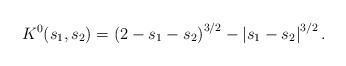
LaTeX: \begin{align*} K^0(s_1, s_2) = \left(2-s_1-s_2\right)^{3/2} - \left|s_1-s_2\right|^{3/2}.\end{align*}